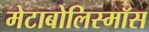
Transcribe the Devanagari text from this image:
मेटाबोलिस्मॉस